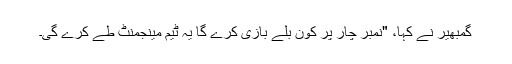
گمبھیر نے کہا، "نمبر چار پر کون بلے بازی کرے گا یہ ٹیم مینجمنٹ طے کرے گی۔